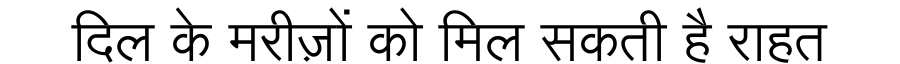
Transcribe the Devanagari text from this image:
दिल के मरीज़ों को मिल सकती है राहत